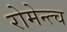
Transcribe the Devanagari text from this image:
रोमेन्त्च